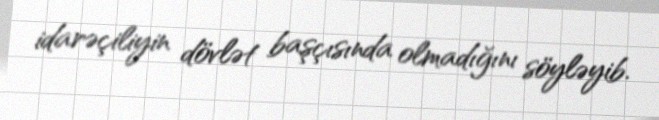
idarəçiliyin dövlət başçısında olmadığını söyləyib.